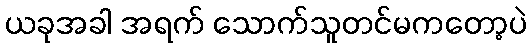
ယခုအခါ အရက် သောက်သူတင်မကတော့ပဲ